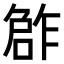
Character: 𠹨